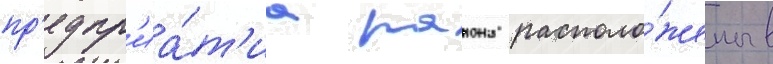
пр'едпр'иа́т'иа раиона располо́жены в